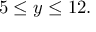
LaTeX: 5 \leq y \leq 1 2 .